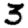
Digit: 3